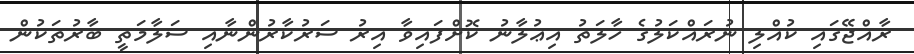
ރާއްޖޭގައި ކުއްލި ނުރައްކަލުގެ ހާލަތު އިޢުލާނު ކޮށްފައިވާ އިރު ސަރުކާރުންނާއި ސަލާމަތީ ބާރުތަކުން